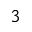
3